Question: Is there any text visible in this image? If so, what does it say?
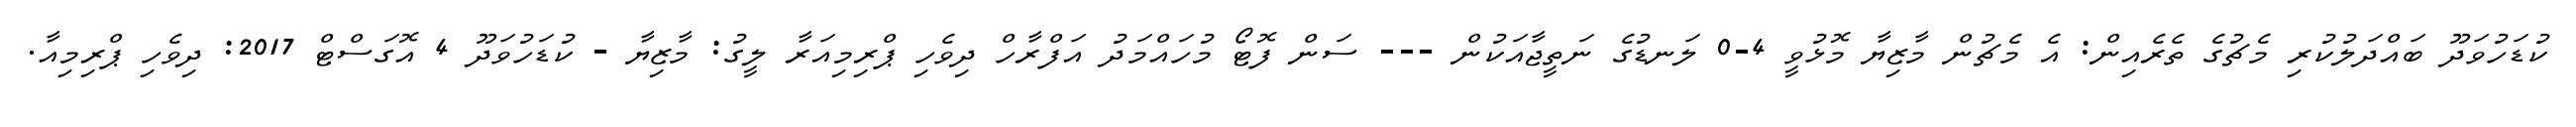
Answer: ކުޑަހުވަދޫ ބައްދަލުކުރި މެޗުގެ ތެރެއިން: އެ މެޗުން މާޒިޔާ މޮޅުވީ 4-0 ލަނޑުގެ ނަތީޖާއަކުން --- ސަން ފޮޓޯ މުހައްމަދު އަފްރާހް ދިވެހި ޕްރިމިއަރާ ލީގު: މާޒިޔާ - ކުޑަހުވަދޫ 4 އޮގަސްޓް 2017: ދިވެހި ޕްރިމިއާ.